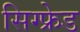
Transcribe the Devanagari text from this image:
सिग्फ्रेड